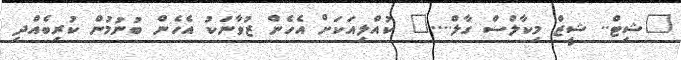
"ޝިޓް.. ޝީޒް މިކާލްސް ގާލް...." ކުއްލިއަކަށް އެހެން ޒުވާނަކު އެހެން ބުނުމުން ކުރިބެއްދި